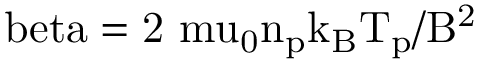
\mathrm { \ b e t a = 2 \ m u _ { 0 } n _ { p } k _ { B } T _ { p } / B ^ { 2 } }